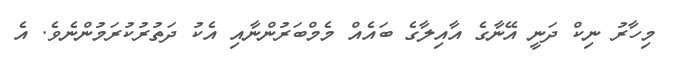
މިހާރު ނިކް ދަނީ އޭނާގެ އާއިލާގެ ބައެއް މެމްބަރުންނާއި އެކު ދަތުރުކުރަމުންނެވެ. އެ